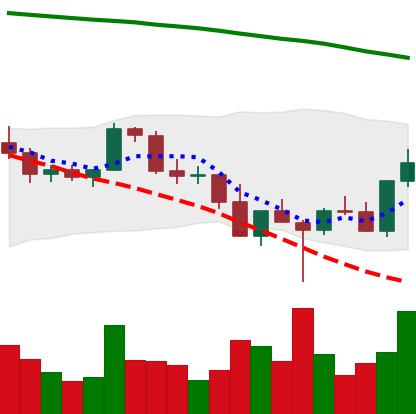
Ticker: BNB-USD
Chart end date: 2022-03-01
Forward return: -8.194%
Label: down_7plus